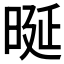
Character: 𣆴